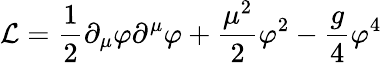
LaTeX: {\cal L}=\frac{1}{2}\partial_{\mu}\varphi\partial^{\mu}\varphi+\frac{\mu^{2}}{2}\varphi^{2}-\frac{g}{4}\varphi^{4}